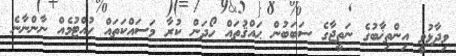
ވިދާޅުވީ އިންތިޚާބުގެ ނަތީޖާގެ ސަބަބުން ޙައްޤުތައް ހޯދަން ކުރާ މަސައްކަތައް ހުއްޓުމެއް ނާންނާނެ